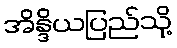
အိန္ဒိယပြည်သို့